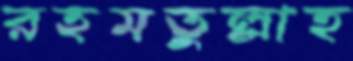
রহমতুল্লাহ